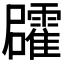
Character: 𮦻